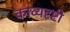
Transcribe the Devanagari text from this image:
काव्यदृष्टी